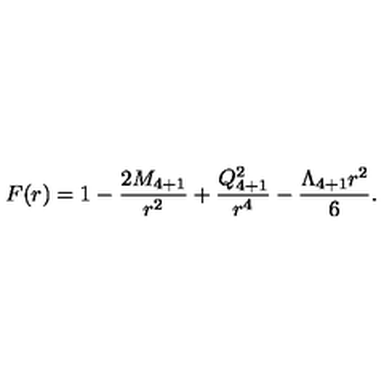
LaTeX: F ( r ) = 1 - { \frac { 2 M _ { 4 + 1 } } { r ^ { 2 } } } + { \frac { Q _ { 4 + 1 } ^ { 2 } } { r ^ { 4 } } } - { \frac { \Lambda _ { 4 + 1 } r ^ { 2 } } { 6 } } .